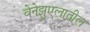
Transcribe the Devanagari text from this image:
वेनेझुएलातील